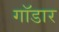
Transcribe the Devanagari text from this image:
गॉडार